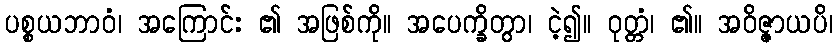
ပစ္စယဘာဝံ၊ အကြောင်း ၏ အဖြစ်ကို။ အပေက္ခိတွာ၊ ငဲ့၍။ ဝုတ္တံ၊ ၏။ အဝိဇ္ဇာယပိ၊